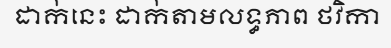
ដាក់នេះ ដាក់តាមលទ្ធភាព ថវិកា